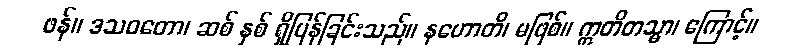
ဖန်။ ဒသဝတော၊ ဆစ် နှစ် ရှိပြန်ခြင်းသည်။ နဟောတိ၊ မဖြစ်။ ဣတိတသ္မာ၊ ကြောင့်။